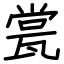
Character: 瓽